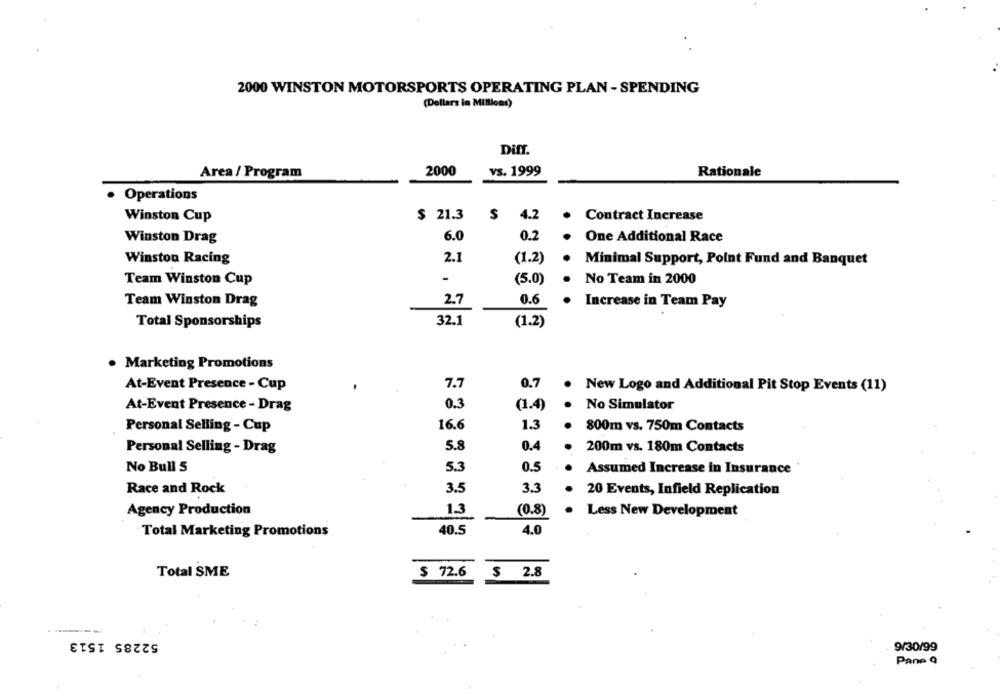
2000 WINSTON MOTORSPORTS OPERATING PLAN - SPENDING
(Dollars in Millions)
Diff.
2000
vs. 1999
Rationale
Area / Program
Operations
$
Winston Cup
$ 21.3
4.2
Contract Increase
6.0
Winston Drag
0.2
One Additional Race
Winston Racing
2.1
(1.2)
Minimal Support, Point Fund and Banquet
Team Winston Cup
-
(5.0)
No Team in 2000
Team Winston Drag
2.7
0.6
Increase in Team Pay
Total Sponsorships
32.1
(1.2)
· Marketing Promotions
At-Event Presence - Cup
7.7
0.7
New Logo and Additional Pit Stop Events (11)
At-Event Presence - Drag
0.3
(1.4)
No Simulator
Personal Selling - Cup
16.6
1.3
800m vs. 750m Contacts
Personal Selling - Drag
5.8
0.4
200m vs. 180m Contacts
No Bull 5
5.3
0.5
Assumed Increase In Insurance
Race and Rock
3.5
3,3
20 Events, Infield Replication
Agency Production
13
(0.8)
Less New Development
Total Marketing Promotions
40.5
4.0
Total SME
$ 72.6
$ 2.8
------
52285 1513
9/30/99
Pane Q